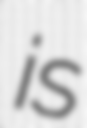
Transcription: is